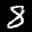
Label: 8